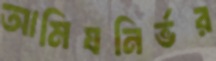
আমিষনির্ভর